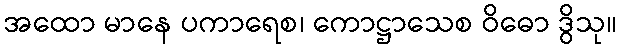
အထော မာနေ ပကာရေစ၊ ကောဋ္ဌာသေစ ဝိဓော ဒွိသု။